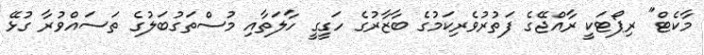
މާކެޓް" ރިޕޯޓަކީ ރާއްޖޭގެ ފަތުރުވެރިކަމުގެ ބާޒާރުގެ ހަގީގީ ހާލަތާއި މުސްތަގުބަލުގެ ތަސައްވުރާ ގުޅޭ